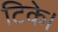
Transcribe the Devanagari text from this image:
टिके।